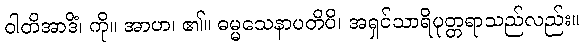
ဝါတိအာဒိံ၊ ကို။ အာဟ၊ ၏။ ဓမ္မသေနာပတိပိ၊ အရှင်သာရိပုတ္တရာသည်လည်း။